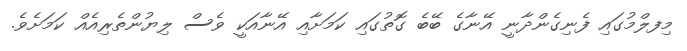
މިފލްމުގައި ފެނިގެންދާނީ އޭނާގެ ބޭބެ ގޮތުގައި ކަމަށާއި އޭނާއަކީ ވެސް ލިޔުންތެރިއެއް ކަމަށެވެ.